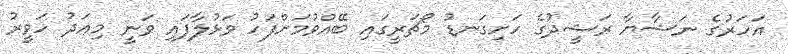
އަހަރުގެ ނަޝާޔާ ރަޝީދުގެ ހަށިގަނޑު މޯޗަރީގައި ބޭއްވުމަށްފަހު ވަޅުލާފައި ވަނީ މިއަދު ހަވީރު